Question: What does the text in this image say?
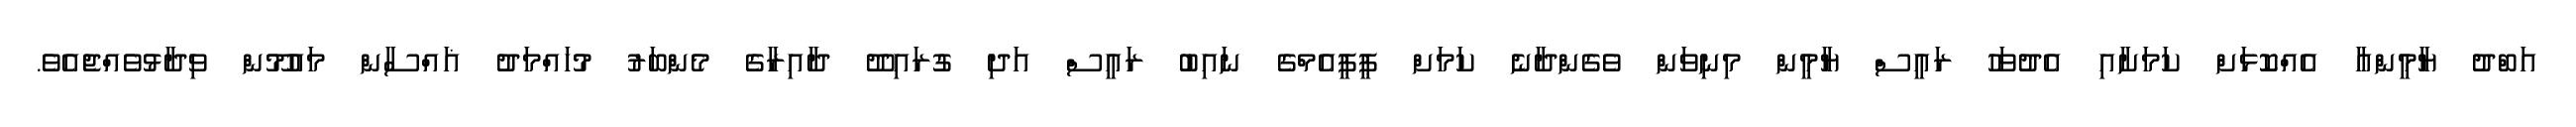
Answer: އަބްދު ޔާމީންއާ އެއްކޮޅަށް ކަމަށާއި އެދުވަހު ރައީސް ޔާމީން މިނިވަން ވެގެންދާނެ ކަމަށް ޕީޕީއެމްގެ ނައިބު ރައީސް އަދި ގުރައިދޫ ދާއިރާގެ މެންބަރު މުހައްމަދު ޣައްސާން މައުމޫން ވިދާޅުވެއްޖެއެވެ.